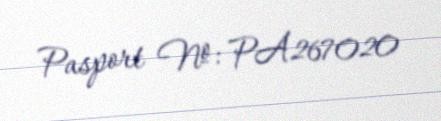
Pasport №: PA267020